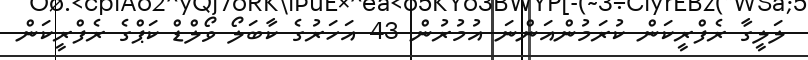
ލަލީގާ ރެފްރީކަން ކުރަމުންއަންނަ އުމުރުން 43 އަހަރުގެ ކާބަލޯ ވޯލްޑް ކަޕްގެ ރެފްރީކަން